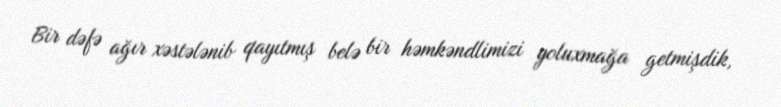
Bir dəfə ağır xəstələnib qayıtmış belə bir həmkəndlimizi yoluxmağa getmişdik,